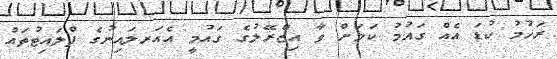
ރަހުމު ކުޑަ އެއް ގައުމު ކަމަށް ވާ އިޒްރޭލުގެ ގައުމީ އެއަރލައިނުގެ ފްލައިޓުތައް